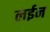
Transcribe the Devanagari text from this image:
लईन